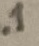
Text: .1